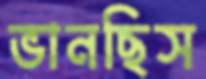
ভানছিস